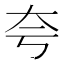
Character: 夸